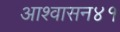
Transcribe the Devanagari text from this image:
आश्वासन४१